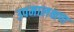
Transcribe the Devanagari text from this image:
उपमालक्षण